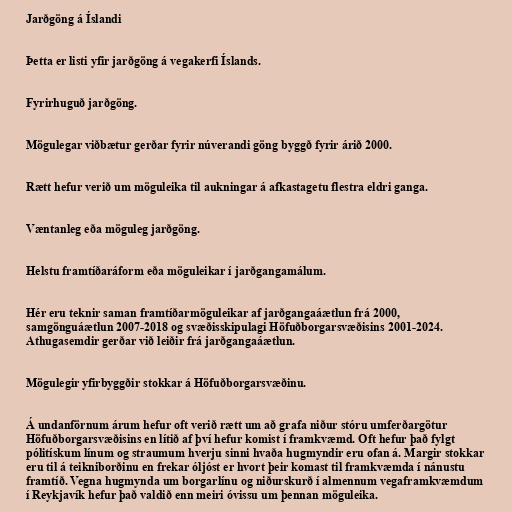
Jarðgöng á Íslandi

Þetta er listi yfir jarðgöng á vegakerfi Íslands.

Fyrirhuguð jarðgöng.

Mögulegar viðbætur gerðar fyrir núverandi göng byggð fyrir árið 2000.

Rætt hefur verið um möguleika til aukningar á afkastagetu flestra eldri ganga.

Væntanleg eða möguleg jarðgöng.

Helstu framtíðaráform eða möguleikar í jarðgangamálum.

Hér eru teknir saman framtíðarmöguleikar af jarðgangaáætlun frá 2000,
samgönguáætlun 2007-2018 og svæðisskipulagi Höfuðborgarsvæðisins 2001-2024.
Athugasemdir gerðar við leiðir frá jarðgangaáætlun.

Mögulegir yfirbyggðir stokkar á Höfuðborgarsvæðinu.

Á undanförnum árum hefur oft verið rætt um að grafa niður stóru umferðargötur
Höfuðborgarsvæðisins en lítið af því hefur komist í framkvæmd. Oft hefur það fylgt
pólitískum línum og straumum hverju sinni hvaða hugmyndir eru ofan á. Margir stokkar
eru til á teikniborðinu en frekar óljóst er hvort þeir komast til framkvæmda í nánustu
framtíð. Vegna hugmynda um borgarlínu og niðurskurð í almennum vegaframkvæmdum
í Reykjavík hefur það valdið enn meiri óvissu um þennan möguleika.